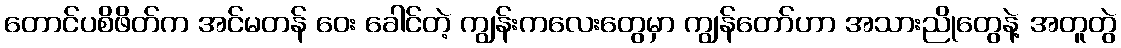
တောင်ပစိဖိတ်က အင်မတန် ဝေး ခေါင်တဲ့ ကျွန်းကလေးတွေမှာ ကျွန်တော်ဟာ အသားညိုတွေနဲ့ အတူတွဲ